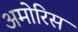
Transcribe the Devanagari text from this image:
अमोरिस